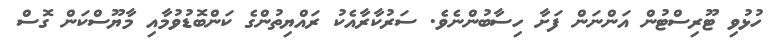
ހުޅުވި ޓޫރިސްޓުން އަންނަން ފަށާ ހިސާބުންނެވެ. ސަރުކާރާއެކު ރައްޔިތުންގެ ކަންބޮޑުވުމާއި މާޔޫސްކަން ގޮސް